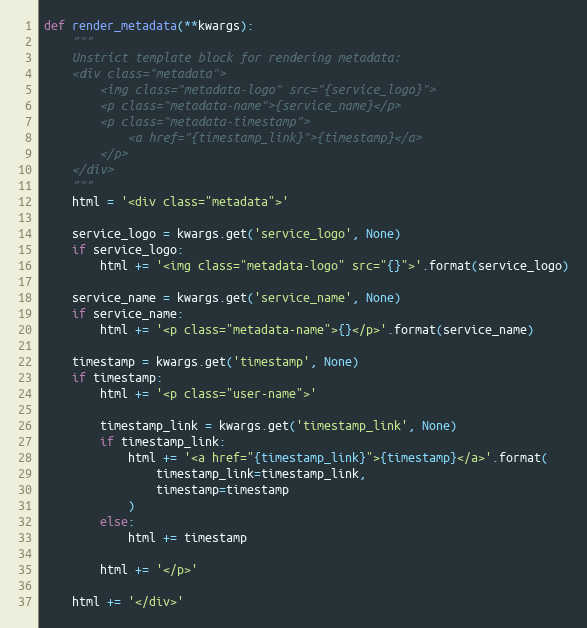
Language: Python
def render_metadata(**kwargs):
    """
    Unstrict template block for rendering metadata:
    <div class="metadata">
        <img class="metadata-logo" src="{service_logo}">
        <p class="metadata-name">{service_name}</p>
        <p class="metadata-timestamp">
            <a href="{timestamp_link}">{timestamp}</a>
        </p>
    </div>
    """
    html = '<div class="metadata">'

    service_logo = kwargs.get('service_logo', None)
    if service_logo:
        html += '<img class="metadata-logo" src="{}">'.format(service_logo)

    service_name = kwargs.get('service_name', None)
    if service_name:
        html += '<p class="metadata-name">{}</p>'.format(service_name)

    timestamp = kwargs.get('timestamp', None)
    if timestamp:
        html += '<p class="user-name">'

        timestamp_link = kwargs.get('timestamp_link', None)
        if timestamp_link:
            html += '<a href="{timestamp_link}">{timestamp}</a>'.format(
                timestamp_link=timestamp_link,
                timestamp=timestamp
            )
        else:
            html += timestamp

        html += '</p>'

    html += '</div>'